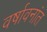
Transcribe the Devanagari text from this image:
वर्षावनांत